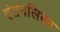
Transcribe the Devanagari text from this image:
दंतनलिका